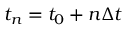
t _ { n } = t _ { 0 } + n \Delta t